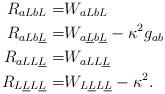
LaTeX: \begin{align*}R_{a L b L}= &W_{a L b L}\\R_{a L b\underline{L}}= &W_{a\underline{L} b\underline{L}} - \kappa^2 g_{ab}\\R_{ a L L \underline{L}} = & W_{ a L L \underline{L}} \\R_{L \underline{L} L \underline{L}} = & W_{L \underline{L} L \underline{L}} - \kappa^2.\end{align*}